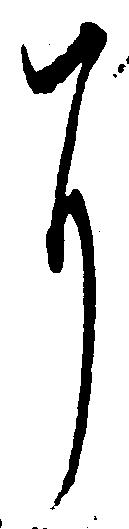
に